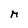
Character: M